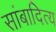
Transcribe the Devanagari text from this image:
सांबादित्य